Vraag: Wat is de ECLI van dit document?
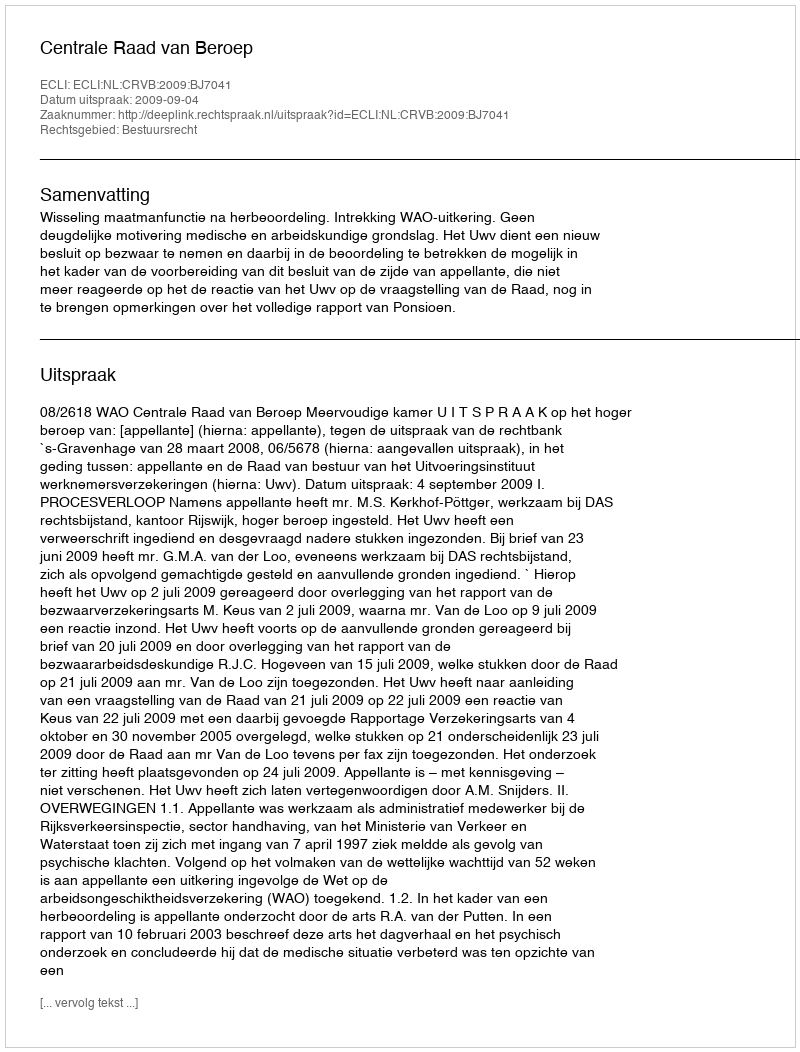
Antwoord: ECLI:NL:CRVB:2009:BJ7041